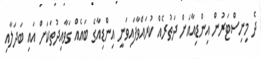
ދެ މިނިސްޓަރުން އިންޑިއާއަށް ދަތުރެއް ކުރައްވާފައިވަނީ އިންޑިއާގެ ބައެއް ގަވާއިދުތަކަށް އައި ބަދަލާއި